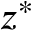
z ^ { * }